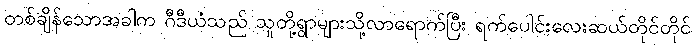
တစ်ချိန်သောအခါက ဂီဒီယံသည် သူတို့ရွာများသို့လာရောက်ပြီး ရက်ပေါင်းလေးဆယ်တိုင်တိုင်